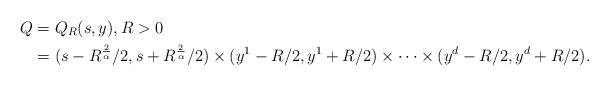
LaTeX: \begin{align*}Q&=Q_{R}(s,y), R>0 \\&=(s-R^{\frac{2}{\alpha}}/2,s+R^{\frac{2}{\alpha}}/2)\times(y^{1}-R/2,y^{1}+R/2)\times\cdots\times(y^{d}-R/2,y^{d}+R/2).\end{align*}